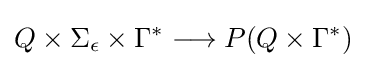
Q\times \Sigma _{\epsilon }\times \Gamma ^{*}\longrightarrow P(Q\times \Gamma ^{*})